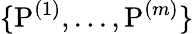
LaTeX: \{ \mathrm{P}^{(1)},...,\mathrm{P}^{(m)}\}